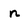
Character: n